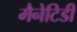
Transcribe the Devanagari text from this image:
मैनेटिडी